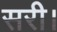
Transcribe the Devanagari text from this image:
सरी।